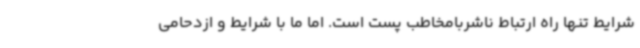
شرایط تنها راه ارتباط ناشربامخاطب پست است. اما ما با شرایط و ازدحامی